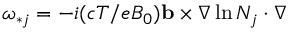
\omega _ { * j } = - i ( c T / e B _ { 0 } ) \mathbf { b } \times \nabla \ln N _ { j } \cdot \nabla